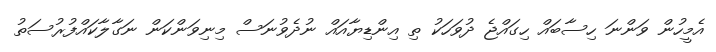
އެމީހުން ވަންނަ ހިސާބައް ހިގައްޖެ ދުވަހަކު ތި އިންޑިޔާއައް ނުދެވުނަސް މިނިވަންކަން ނަގާލާކައްފުރުސަތު